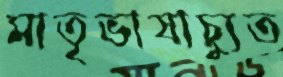
মাতৃভাষাচ্যুত